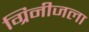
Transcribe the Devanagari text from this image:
ग्रिनीजला